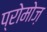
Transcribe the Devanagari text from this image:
प्रोमोज़